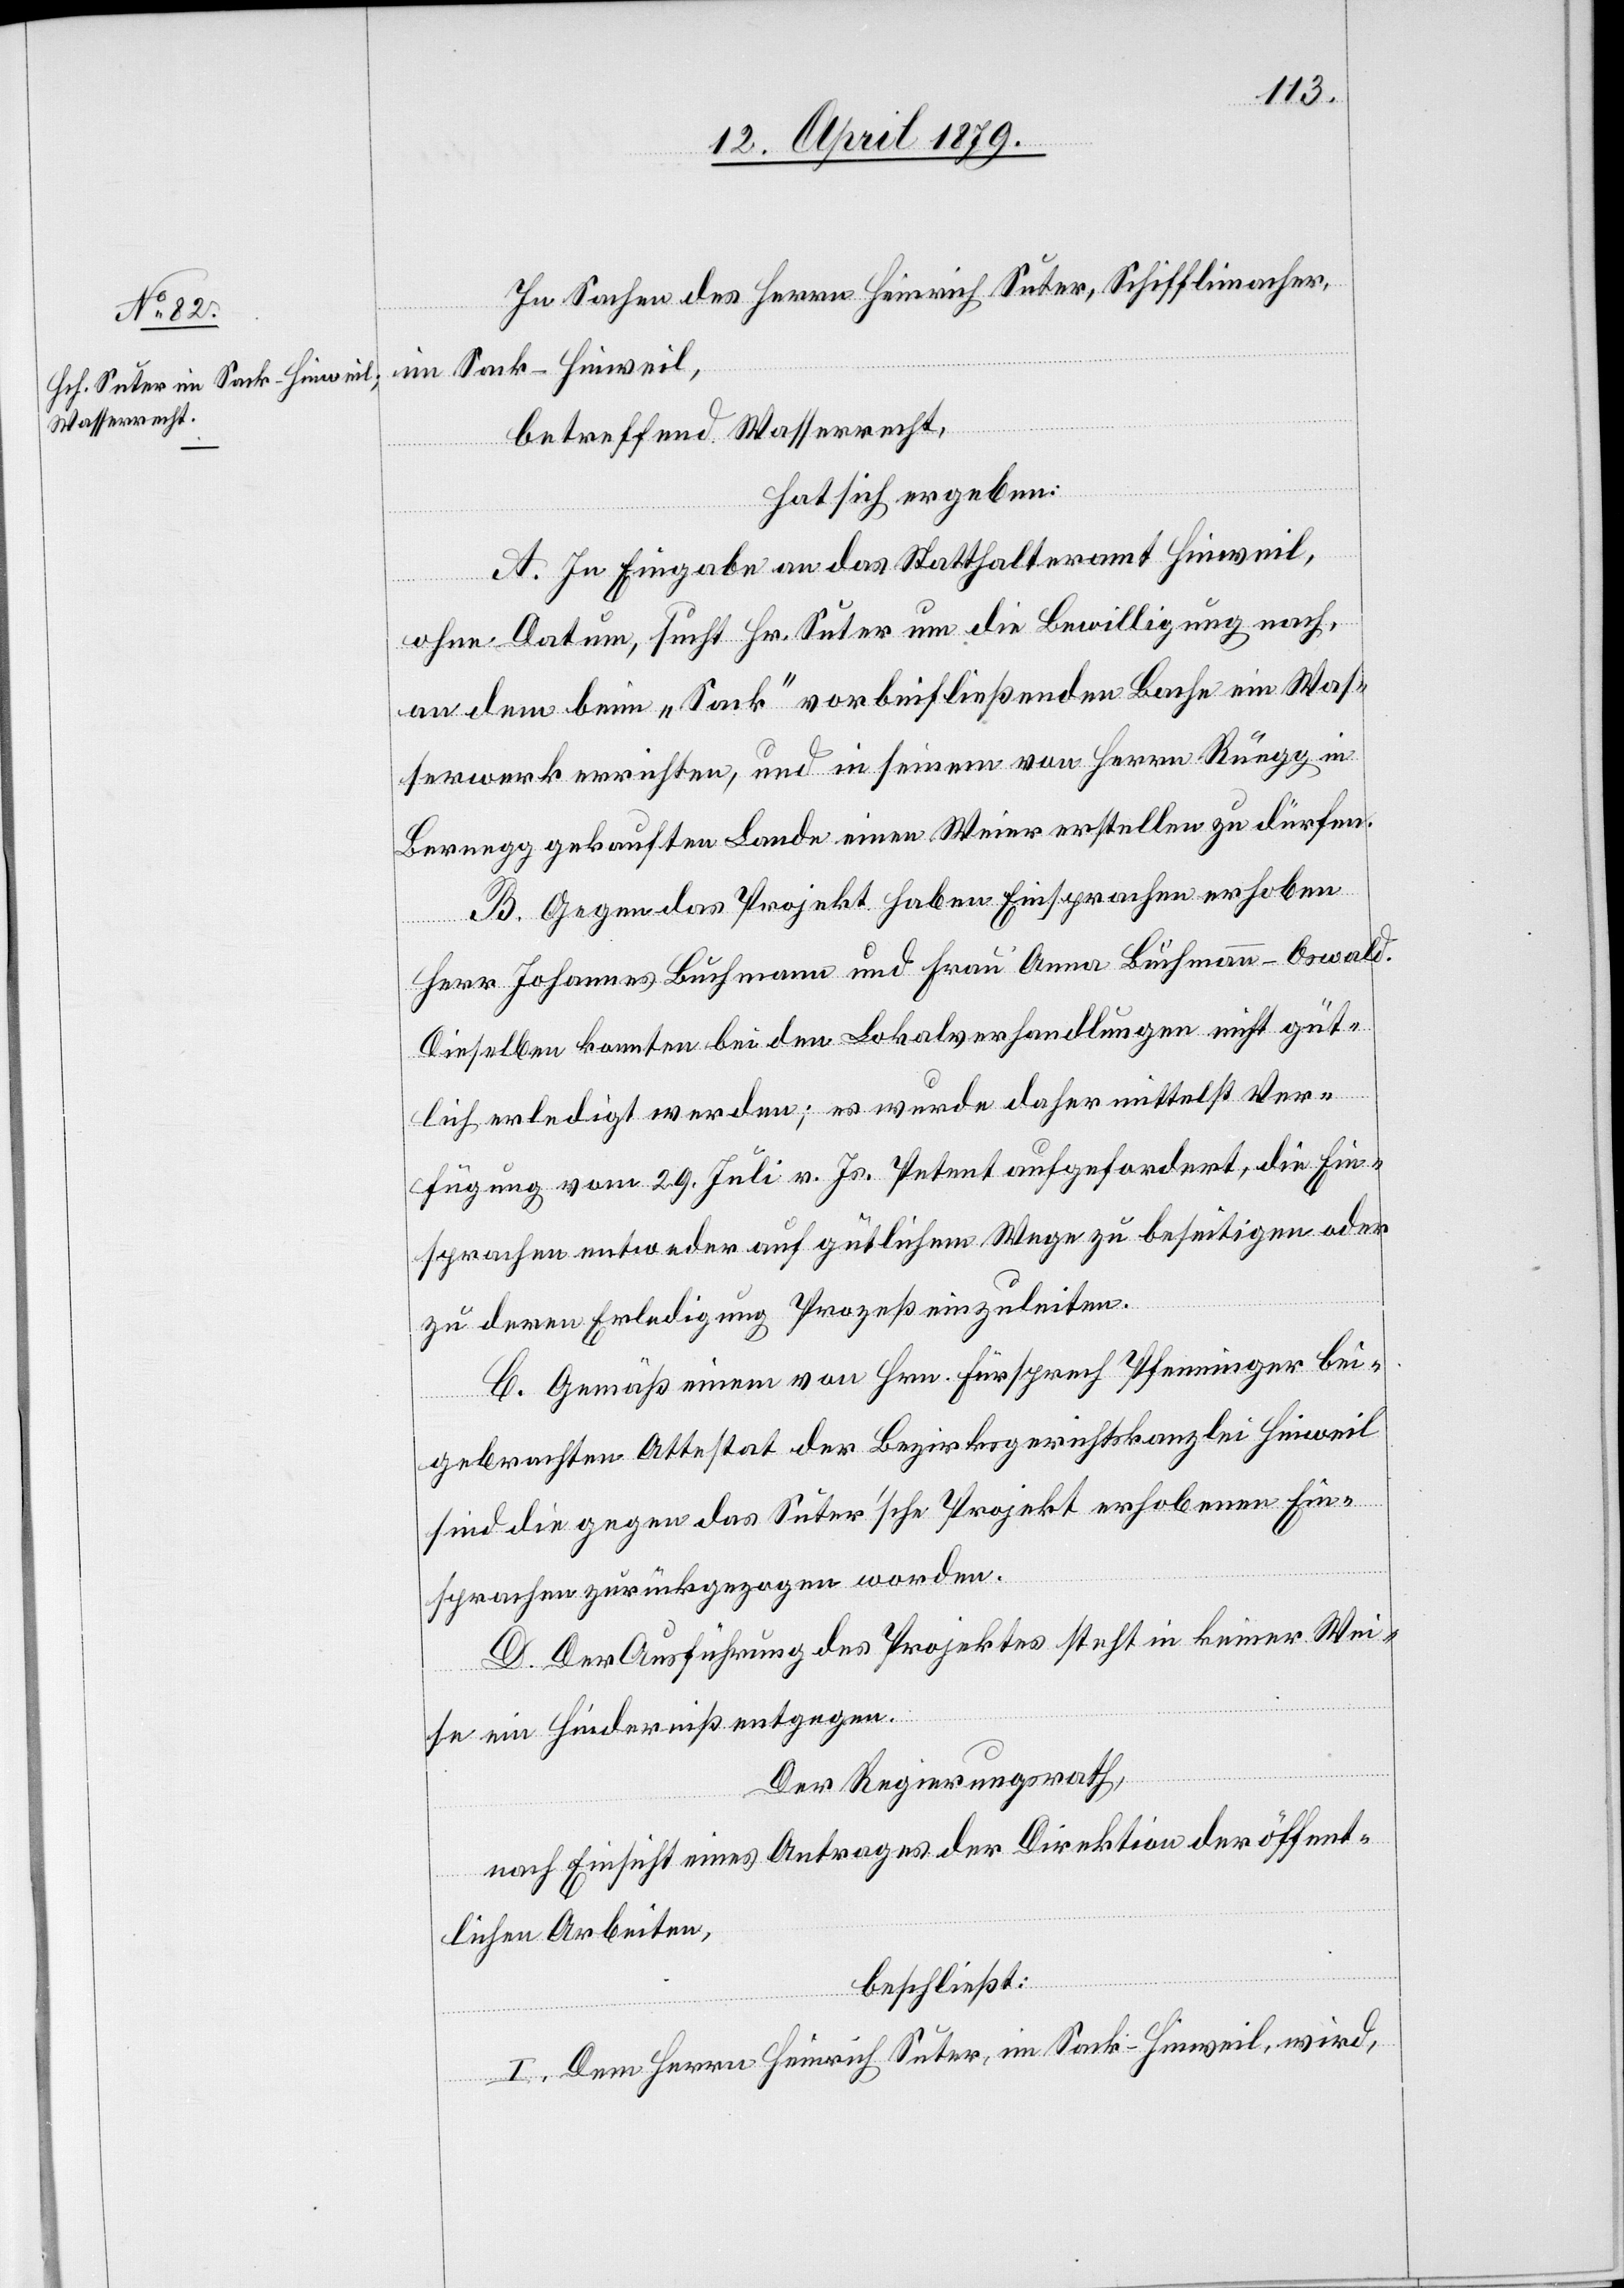
In Sachen des Herrn Heinrich Suter, Schifflimacher,
im Sack - Hinweil,
betreffend Wasserrecht,
hat sich ergeben:
A. In Eingabe an das Statthalteramt Hinweil,
ohne Datum, sucht Hr. Suter um die Bewilligung nach,
an dem beim „Sack“ vorbeifließenden Bache ein Was¬
serwerk errichten, und in seinem von Herrn Rüegg in
Bernegg gekauften Lande einen Weier erstellen zu dürfen.
B. Gegen das Projekt haben Einsprachen erhoben
Herr Johannes Buchmann und Frau Anna Buchmann-Oswald.
Dieselben konnten bei den Lokalverhandlungen nicht güt¬
lich erledigt werden; es wurde daher mittelst Ver¬
fügung vom 29. Juli v. Js. Petent aufgefordert, die Ein¬
sprachen entweder auf gütlichem Wege zu beseitigen oder
zu deren Erledigung Prozeß einzuleiten.
C. Gemäß einem von Hrn. Fürsprech Pfenninger bei¬
gebrachten Attestat der Bezirksgerichtskanzlei Hinweil
sind die gegen das Suter’sche Projekt erhobenen Ein¬
sprachen zurückgezogen worden.
D. Der Ausführung des Projektes steht in keiner Wei¬
se ein Hinderniß entgegen.
Der Regierungsrath,
nach Einsicht eines Antrages der Direktion der öffent¬
lichen Arbeiten,
beschließt:
I. Dem Herrn Heinrich Suter, im Sack - Hinweil, wird,